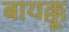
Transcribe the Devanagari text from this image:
बायक्कू